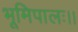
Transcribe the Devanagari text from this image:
भूमिपालः।।